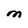
Character: M